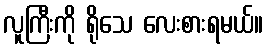
လူကြီးကို ရိုသေ လေးစားရမယ်။